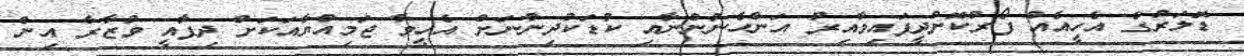
ޑޮލަރުގެ އެހީއެއް ފޯރުކޮށްދީފައިވާއިރު އަންހެނުންނާއި ކުޑަކުދިންނަށް އެހީވާ ޖަމިއްޔާއަކަށް ދިފާއީ ވުޒާރާ އިން